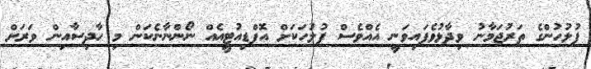
ފުލުހުންގެ ތަރުޖަމާނު ވިދާޅުވެފައިވަނީ އެއްވެސް ފުލުހަކަށް އޮފްޑިއުޓީއެއް ނޯންނާނެކަން މި ހާދިސާއިން ވަރަށް